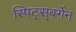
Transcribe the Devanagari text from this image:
स्पिट्स्‌बर्गेन